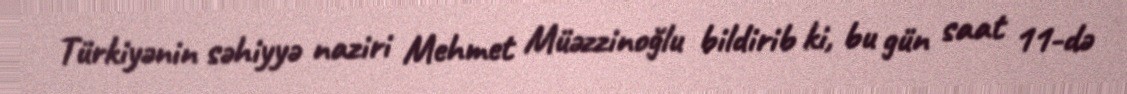
Türkiyənin səhiyyə naziri Mehmet Müəzzinoğlu bildirib ki, bu gün saat 11-də